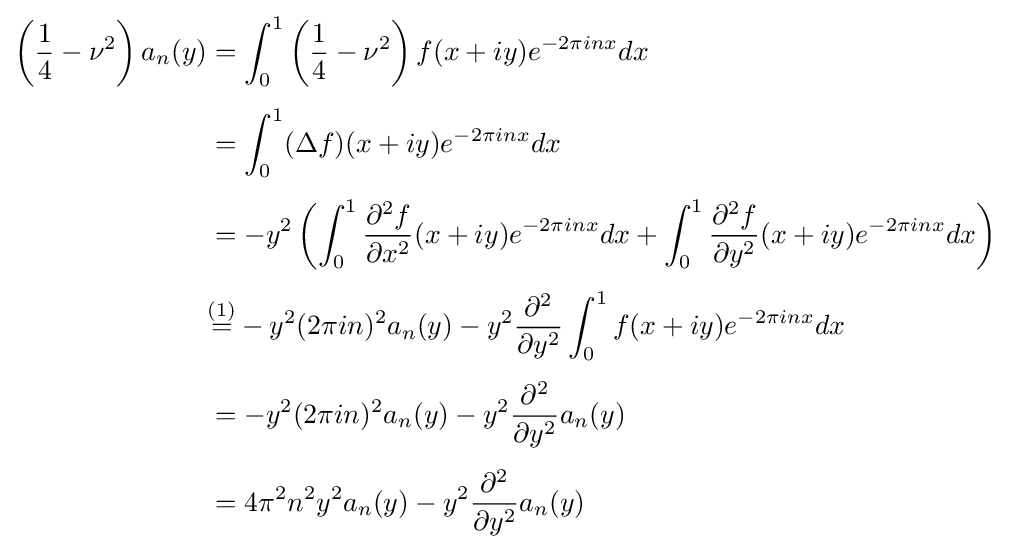
{\begin{aligned}\left({\frac {1}{4}}-\nu ^{2}\right)a_{n}(y)&=\int _{0}^{1}\left({\frac {1}{4}}-\nu ^{2}\right)f(x+iy)e^{-2\pi inx}dx\\[4pt]&=\int _{0}^{1}(\Delta f)(x+iy)e^{-2\pi inx}dx\\[4pt]&=-y^{2}\left(\int _{0}^{1}{\frac {\partial ^{2}f}{\partial x^{2}}}(x+iy)e^{-2\pi inx}dx+\int _{0}^{1}{\frac {\partial ^{2}f}{\partial y^{2}}}(x+iy)e^{-2\pi inx}dx\right)\\[4pt]&{\overset {(1)}{=}}-y^{2}(2\pi in)^{2}a_{n}(y)-y^{2}{\frac {\partial ^{2}}{\partial y^{2}}}\int _{0}^{1}f(x+iy)e^{-2\pi inx}dx\\[4pt]&=-y^{2}(2\pi in)^{2}a_{n}(y)-y^{2}{\frac {\partial ^{2}}{\partial y^{2}}}a_{n}(y)\\[4pt]&=4\pi ^{2}n^{2}y^{2}a_{n}(y)-y^{2}{\frac {\partial ^{2}}{\partial y^{2}}}a_{n}(y)\end{aligned}}